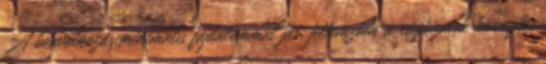
A beavatkozás minimális fájdalommal jár, jellemzően a rágóizmok környéke